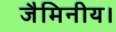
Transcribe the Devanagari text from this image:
जैमिनीय।